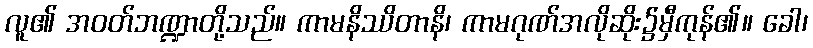
လူ၏ အဝတ်ဘဏ္ဍာတို့သည်။ ကာမနိဿိတာနိ၊ ကာမဂုဏ်အလိုဆိုး၌မှီကုန်၏။ ခေါ၊